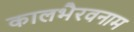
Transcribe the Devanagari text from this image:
कालभैरवनाम